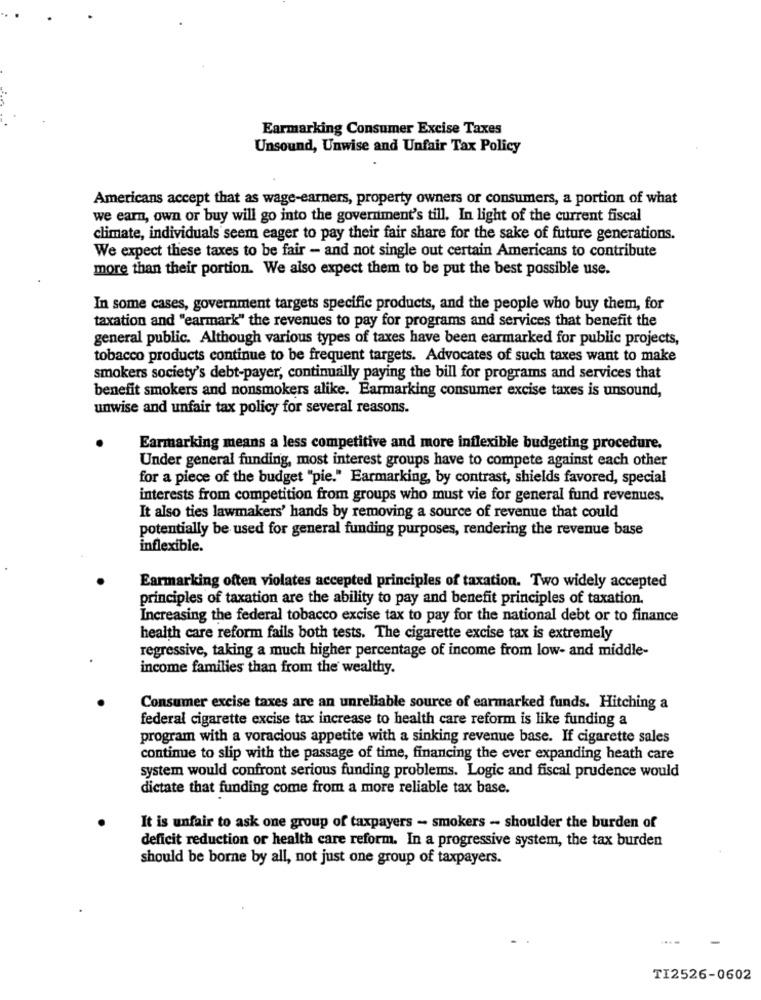
Earmarking Consumer Excise Taxes
Unsound, Unwise and Unfair Tax Policy
Americans accept that as wage-earners, property owners or consumers, a portion of what
we earn, own or buy will go into the government's till. In light of the current fiscal
climate, individuals seem eager to pay their fair share for the sake of future generations.
We expect these taxes to be fair - and not single out certain Americans to contribute
more than their portion. We also expect them to be put the best possible use.
In some cases, government targets specific products, and the people who buy them, for
taxation and "earmark" the revenues to pay for programs and services that benefit the
general public. Although various types of taxes have been earmarked for public projects,
tobacco products continue to be frequent targets. Advocates of such taxes want to make
smokers society's debt-payer, continually paying the bill for programs and services that
benefit smokers and nonsmokers alike. Earmarking consumer excise taxes is unsound,
unwise and unfair tax policy for several reasons.
Earmarking means a less competitive and more inflexible budgeting procedure.
Under general funding, most interest groups have to compete against each other
for a piece of the budget "pie." Earmarking, by contrast, shields favored, special
interests from competition from groups who must vie for general fund revenues.
It also ties lawmakers' hands by removing a source of revenue that could
potentially be used for general funding purposes, rendering the revenue base
inflexible.
Earmarking often violates accepted principles of taxation. Two widely accepted
principles of taxation are the ability to pay and benefit principles of taxation.
Increasing the federal tobacco excise tax to pay for the national debt or to finance
health care reform fails both tests. The cigarette excise tax is extremely
regressive, taking a much higher percentage of income from low- and middle-
income families than from the wealthy.
Consumer excise taxes are an unreliable source of earmarked funds. Hitching a
federal cigarette excise tax increase to health care reform is like funding a
program with a voracious appetite with a sinking revenue base. If cigarette sales
continue to slip with the passage of time, financing the ever expanding heath care
system would confront serious funding problems. Logic and fiscal prudence would
dictate that funding come from a more reliable tax base.
It is unfair to ask one group of taxpayers - smokers - shoulder the burden of
deficit reduction or health care reform. In a progressive system, the tax burden
should be borne by all, not just one group of taxpayers.
TI2526-0602